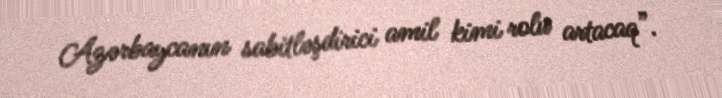
Azərbaycanın sabitləşdirici amil kimi rolu artacaq”.